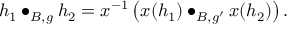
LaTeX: h _ { 1 } \bullet _ { B , g } h _ { 2 } = x ^ { - 1 } \left( x ( h _ { 1 } ) \bullet _ { B , g ^ { \prime } } x ( h _ { 2 } ) \right) .